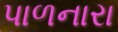
પાળનારા